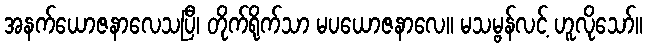
အနက်ယောဇနာလေသပြီ၊ တိုက်ရိုက်သာ မပယောဇနာလေ။ မသမ္ဗန်လင့် ဟူလိုသော်။